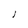
Character: I